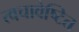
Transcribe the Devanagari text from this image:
त्वचावेष्टित